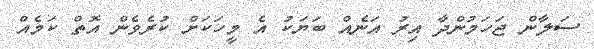
ސަލާން ޖަހަމުުންދާ އިރު އަނެއް ބަޔަކު އެ މީހަކަށް ކުރެވެން އޮތް ކަމެއް